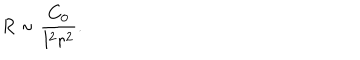
R \sim { \frac { C _ { 0 } } { l ^ { 2 } r ^ { 2 } } } .